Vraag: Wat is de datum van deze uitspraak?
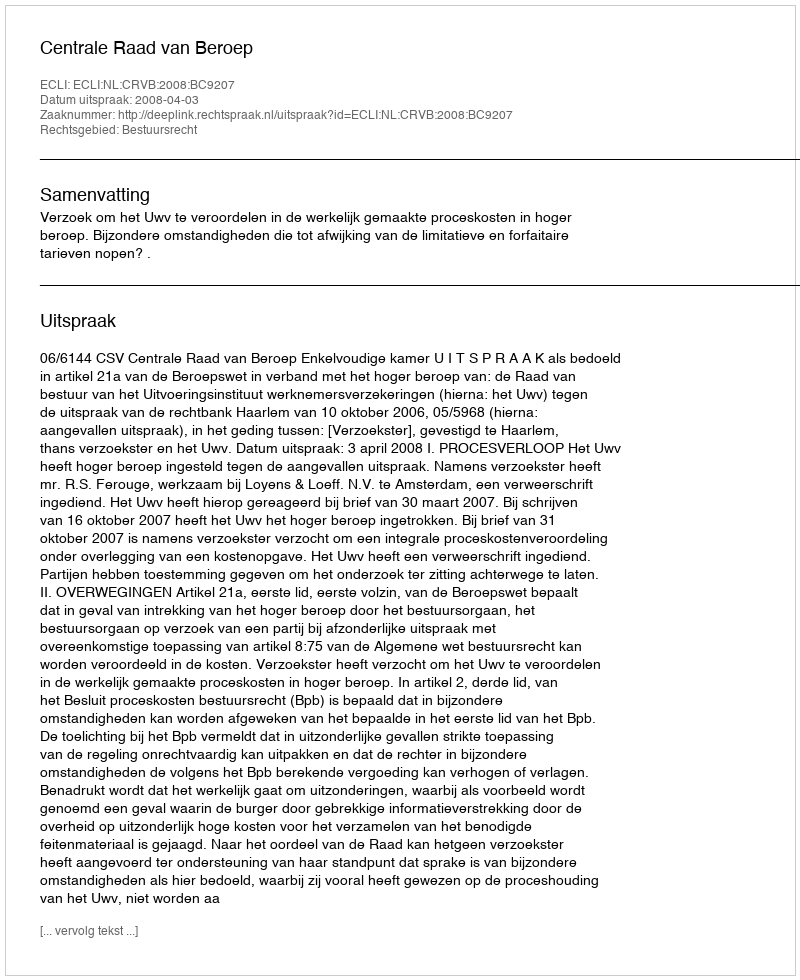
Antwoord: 2008-04-03